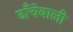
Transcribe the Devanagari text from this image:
ढाँचेवाली